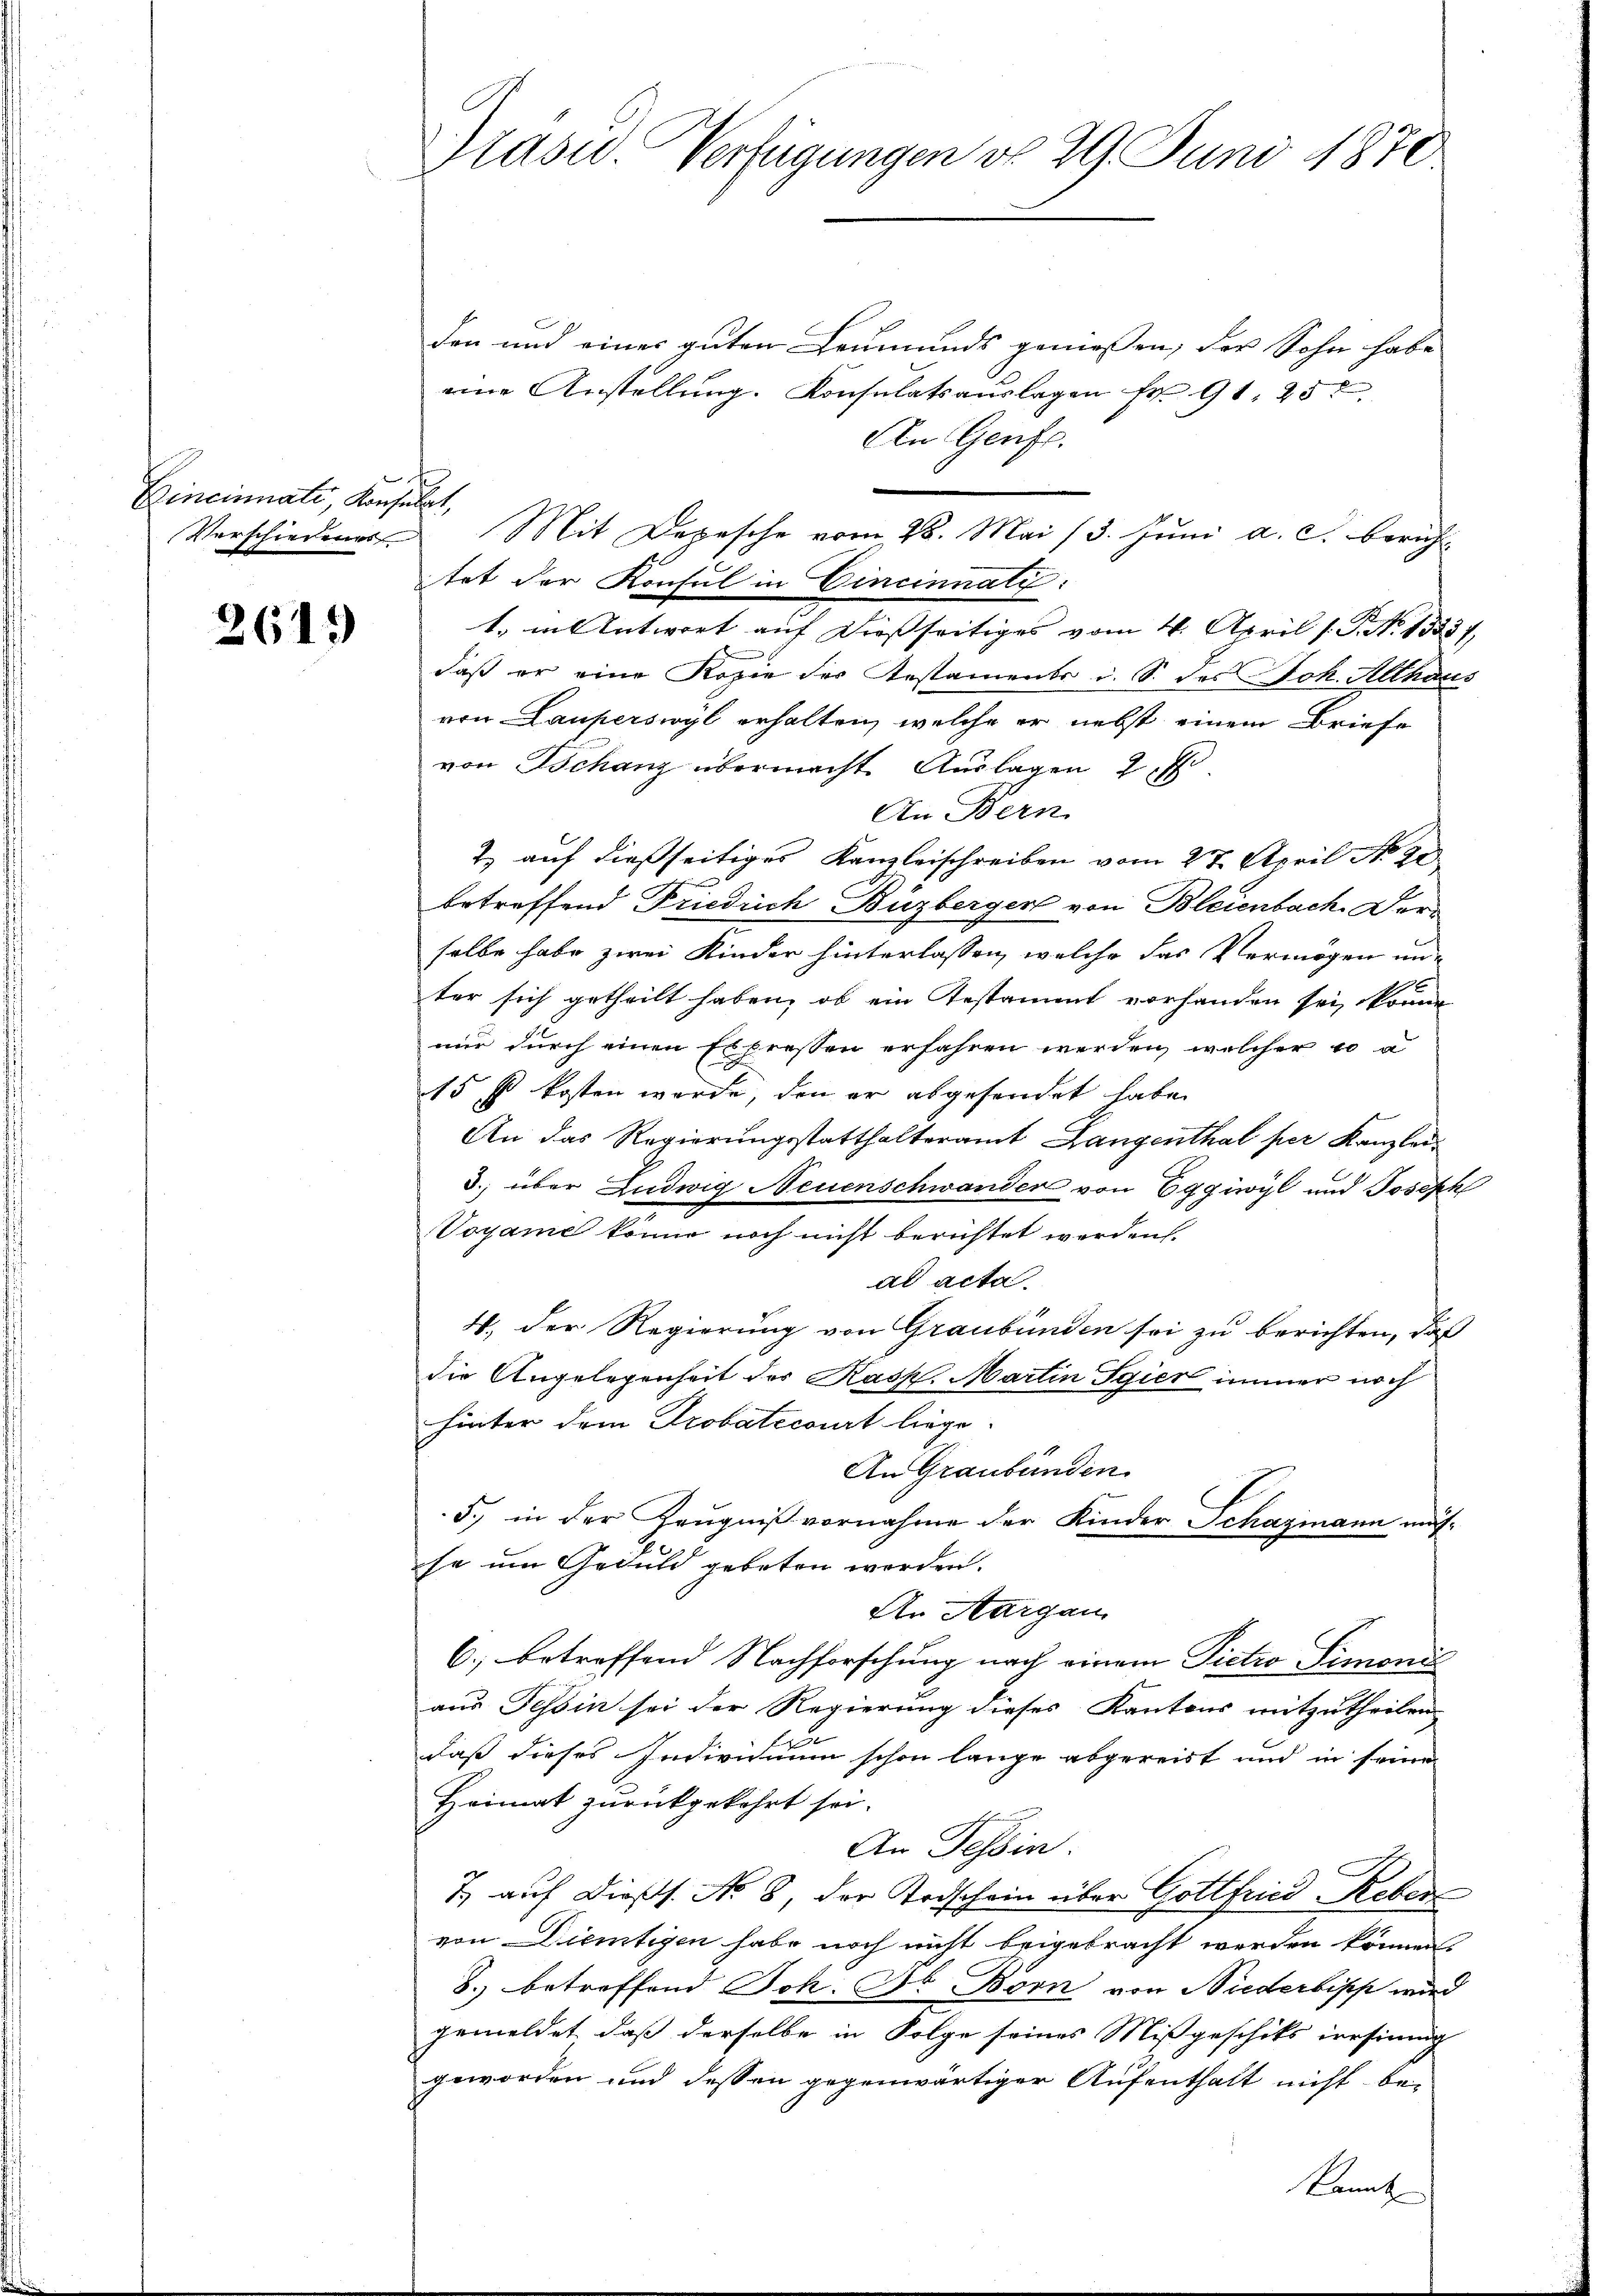
Bincinati, Konsulat,

261.

Kasu. Verfügungen do 29. Juni 1870

tet der Konsul in Cincinnati:

den und einer guten Leumunds geniessen, der Sohn habe
eine Anstellung. Konsulatsauslagen Fr. 91, 25 t
An Genf.
1. in Antwort auf Diesseitiges vom 4. April (s. S. 13357,
daß er eine Kopie des Restaments i. S. des Joh. Althaus
von Lauperswyl erhalten, welche er nebst einem Briefe
von Tschanz übermacht Auslagen 2. Ei
An Bern.
2 auf dießseitiges Kanzleischreiben vom 27. April No 90
betreffend Friedrich Büzberger von Bleienbach. Derselbe habe zwei Kinder hinterlassen, welche das Vermögen un-
ter sich getheilt haben, ob ein Testament vorhanden sei, könne
nur durch einen Expressen erfahren werden, welcher 10 a
15 f kosten werde, den er abgesendet habe.
An das Regierungsstatthalteramt Langenthal per Kanzlei-
3. über Ludwig Neuenschwander von Eggiwyl und Joseph
Voyame könne noch nicht berichtet werden.
ad acta.
4. Der Regierung von Graubünden sei zu berichten, daß
die Angelegenheit der Kasp. Martin Sgier immer noch
hinter dem Probaticourt liege.
An Graubünden
5., in der Zeugniß vornahme der Kinder Schazmann müsse um Geduld gebeten werden.
An Aargau
6., betreffend Nachforschung nach einem Pietro Simonie
aus Tessin sei der Regierung dieses Kantons mitzutheilen
E
daß dieses Indivnium schon lange abgereist und in seine
Heimat zurückgekehrt sei.
An Tessin.
7 auf dießs. No. 8, der Todschein über Gottfried Reber
von Dietigen habe noch nicht beigebracht werden können.
8. betreffend Joh. A. Born von Niederbisch wird
gemeldet, daß derselbe in Folge seines Mißgeschiks irrsinng
geworden und dessen gegenwärtiger Aufenthalt nicht be-
kannt

Verschiedenes Mit Depesche vom 28. Mai 13. Juni a. c. bericht